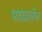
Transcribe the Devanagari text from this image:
पाडतोच